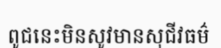
ពូជនេះមិនសូវមានសុជីវធម៌